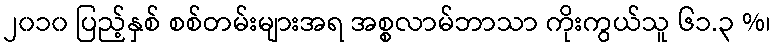
၂၀၁၀ ပြည့်နှစ် စစ်တမ်းများအရ အစ္စလာမ်ဘာသာ ကိုးကွယ်သူ ၆၁.၃ %၊